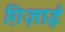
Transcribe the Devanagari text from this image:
ग़िज़ाई